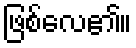
ဖြစ်လေ၏။